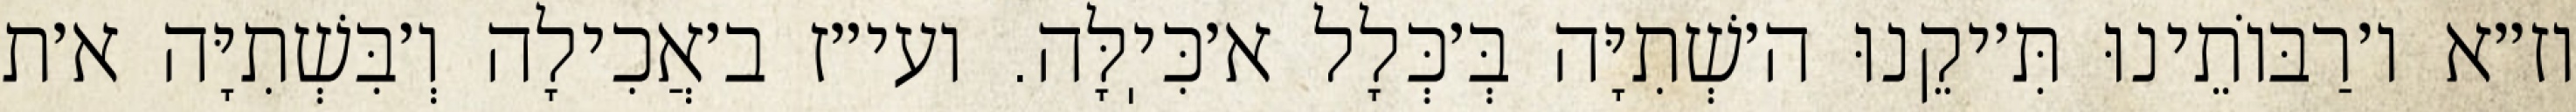
וז״א ו׳רַבּוֹתֵינוּ תִּ׳יקֵנוּ ה׳שְׁתִיָּה בְּ׳כְּלָל א׳כִּיֽלָּה. ועי״ז ב׳אֲכִילָה וְ׳בִּשְׁתִיָּה א׳ת